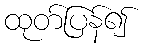
ထုတ်ပြန်၍